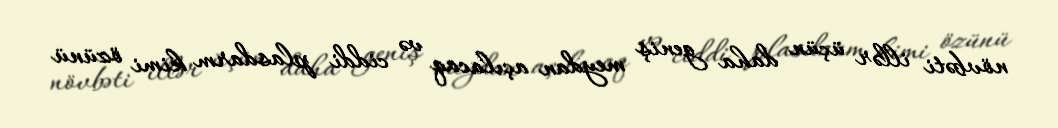
növbəti illər üçün daha geniş meydan açılacaq və ciddi plasdarm kimi özünü